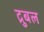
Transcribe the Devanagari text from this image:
द्रुबल